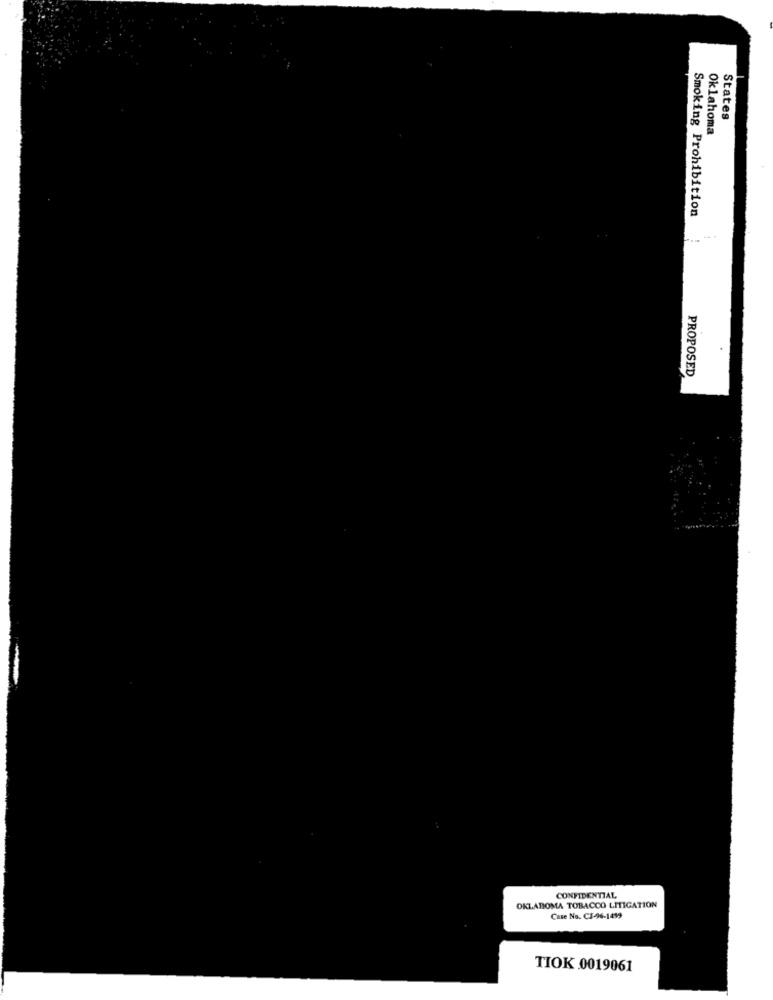
States
Oklahoma
Smoking Prohibition
PROPOSED
OKLAHOMA TOBACCO LITIGATION
CONFIDENTIAL
Case No. C3-96-1499
TIOK.0019061